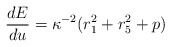
\begin{align*}{{dE} \over {du}} = \kappa^{-2} ( r_1^2 + r_5^2 + p)\end{align*}